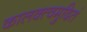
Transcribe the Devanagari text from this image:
कालक्त्वमुदितं